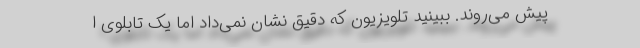
پیش می‌روند. ببینید تلویزیون که دقیق نشان نمی‌داد اما یک تابلوی ا